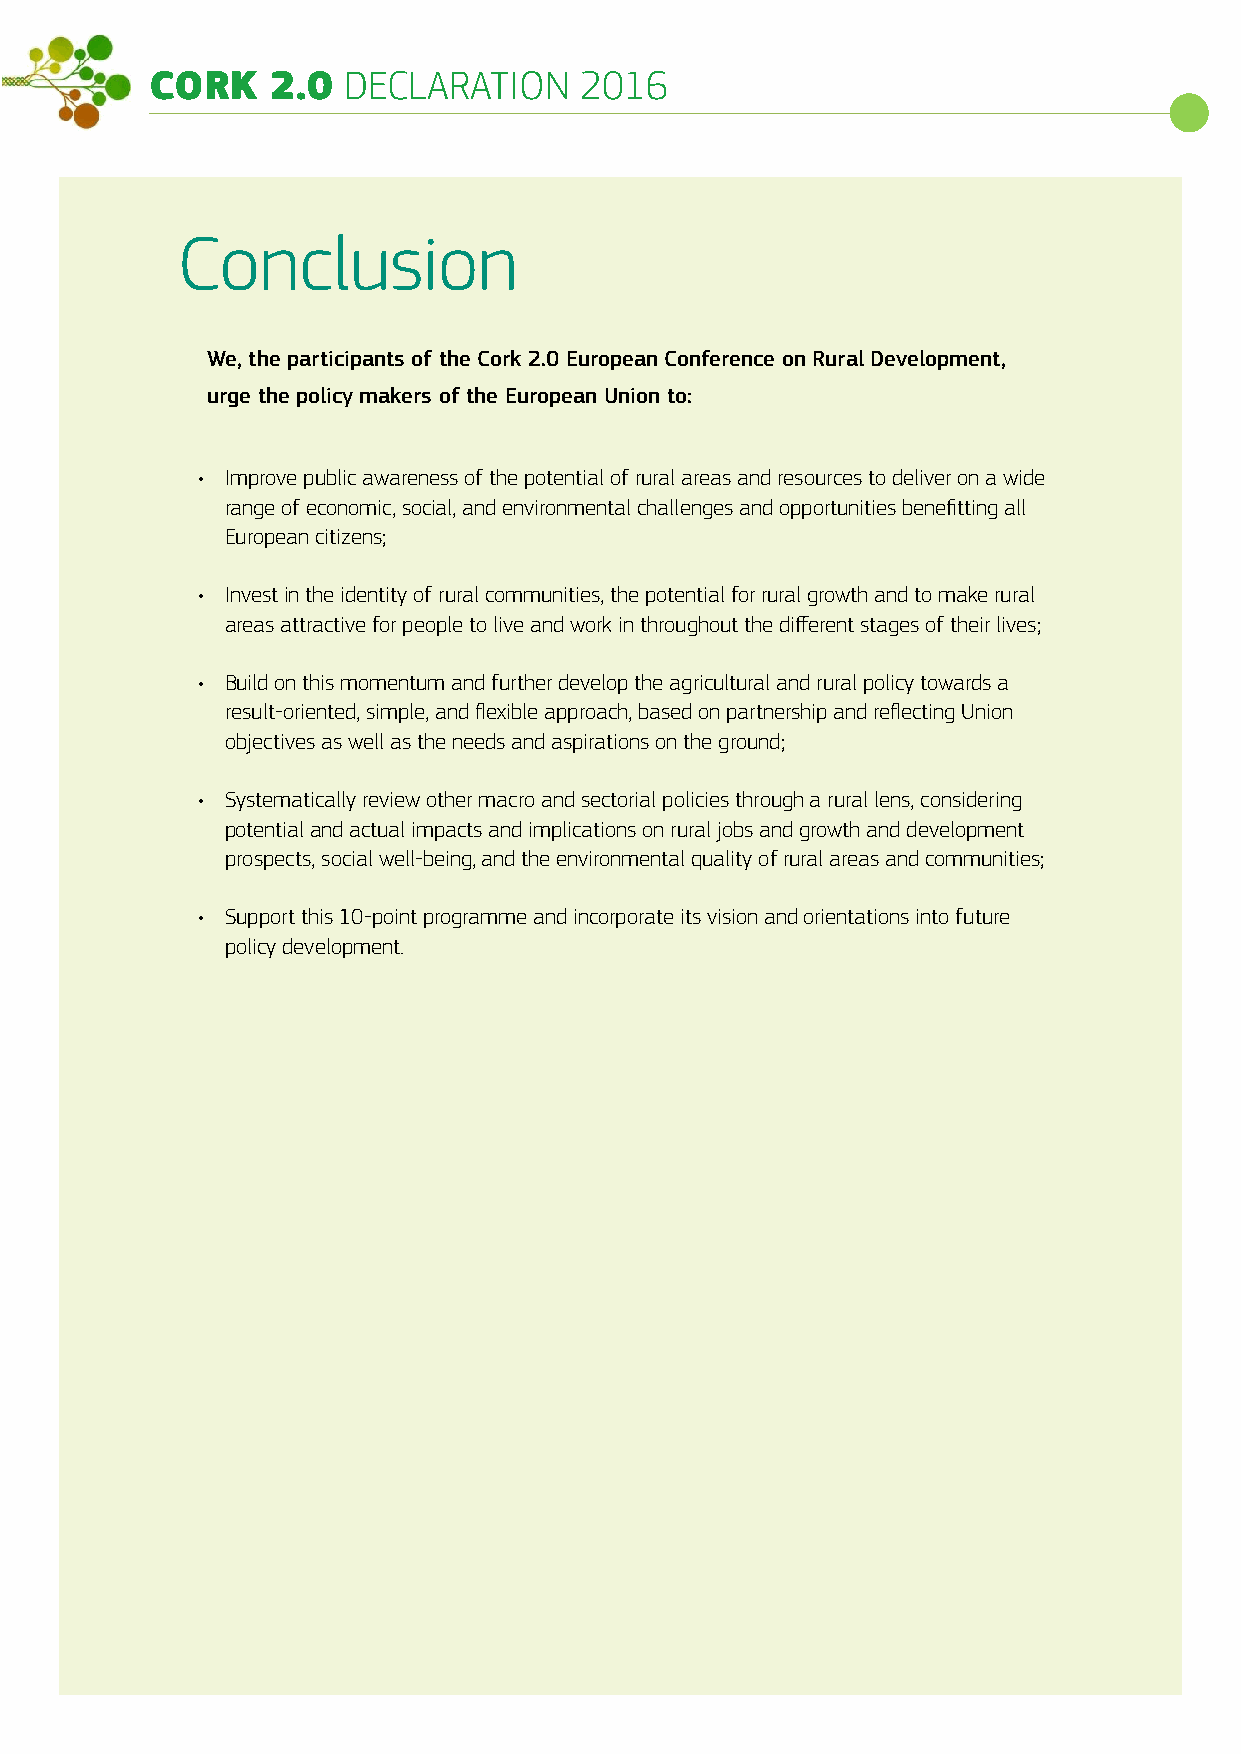
CCOORRKK 22..00 DDEECCLLAARRAATTIIOONN 22001166
 Conclusion
 We, the participants of the Cork 2.0 European Conference on Rural Development,
 urge the policy makers of the European Union to:
 • I mprove public awareness of the potential of rural areas and resources to deliver on a wide
 range of economic, social, and environmental challenges and opportunities benefitting all
 European citizens;
 • I nvest in the identity of rural communities, the potential for rural growth and to make rural
 areas attractive for people to live and work in throughout the different stages of their lives;
 • B uild on this momentum and further develop the agricultural and rural policy towards a
 result-oriented, simple, and flexible approach, based on partnership and reflecting Union
 objectives as well as the needs and aspirations on the ground;
 • S ystematically review other macro and sectorial policies through a rural lens, considering
 potential and actual impacts and implications on rural jobs and growth and development
 prospects, social well-being, and the environmental quality of rural areas and communities;
 • S upport this 10-point programme and incorporate its vision and orientations into future
 policy development.